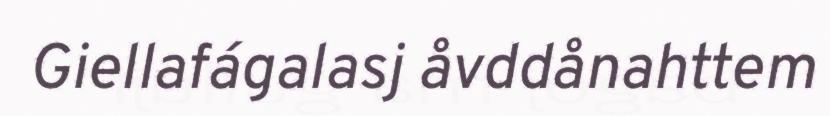
Giellafágalasj åvddånahttem